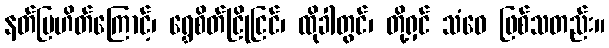
နတ်ပြဟိတ်ကြောင့်၊ ရွှေစိတ်ငြိုငြင်၊ ထိုခါတွင်၊ တို့ရှင် သံဝေ ဖြစ်သတည်း။